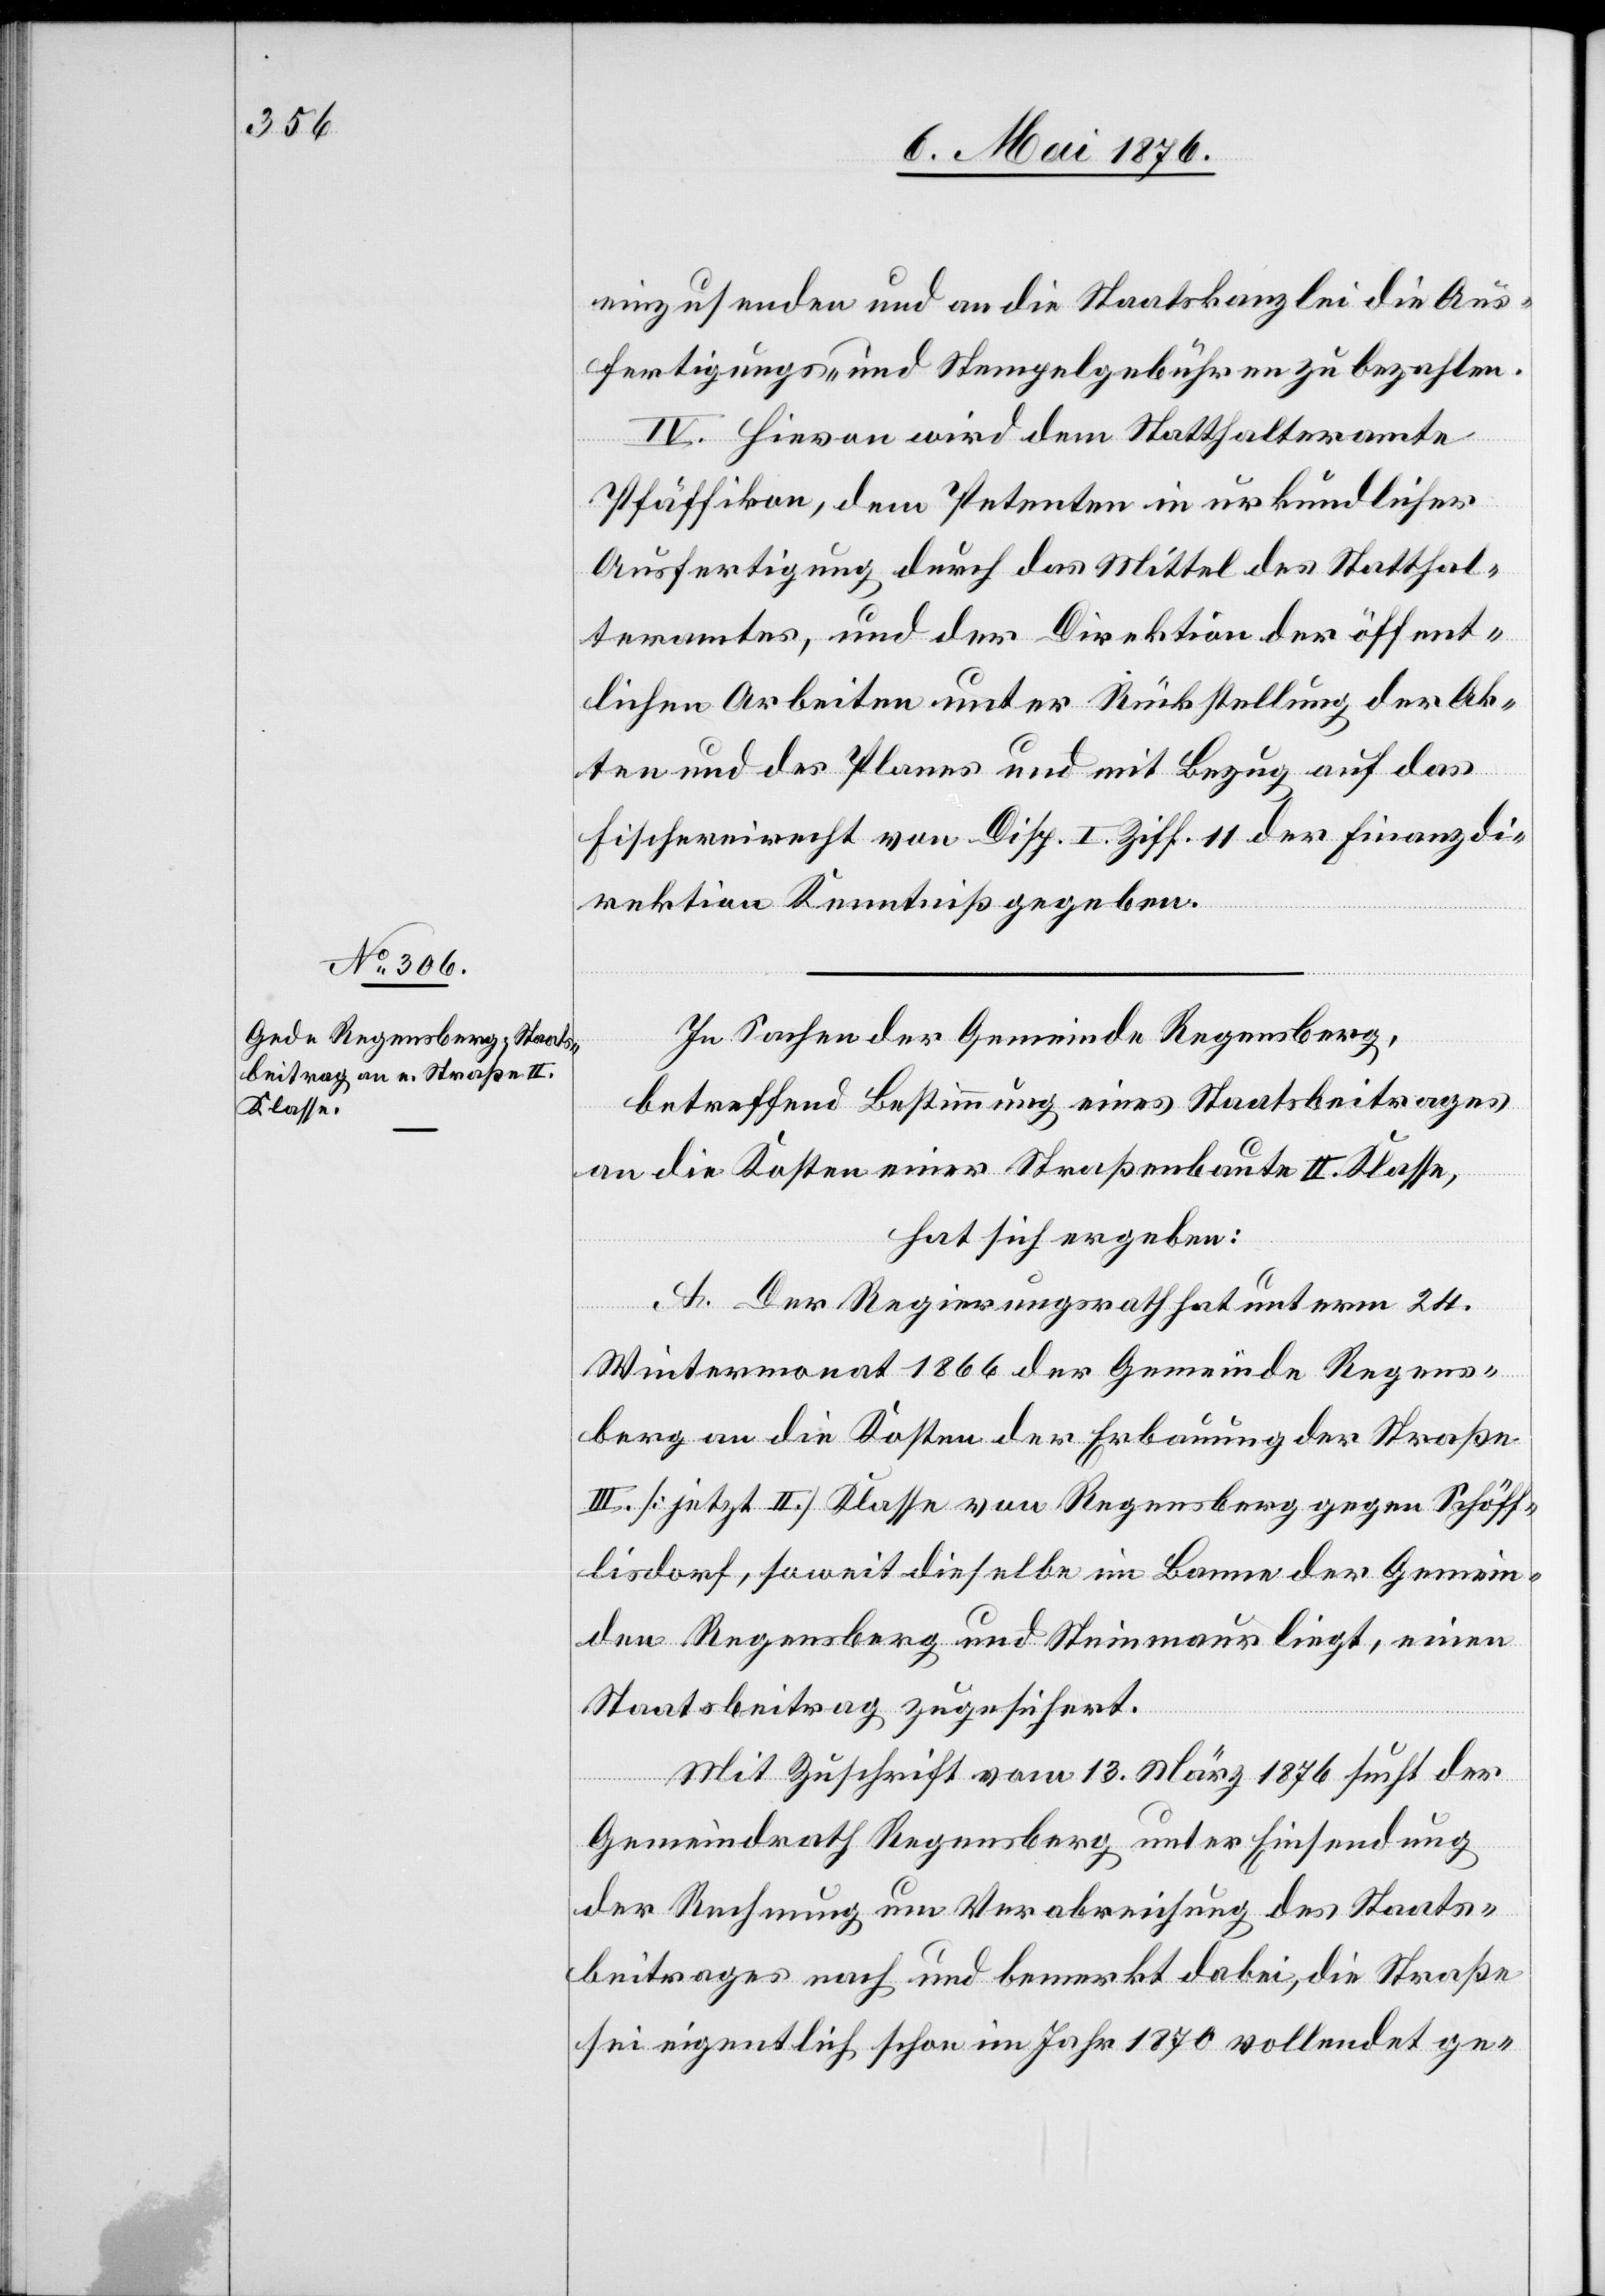
einzusenden und an die Staatskanzlei die Aus¬
fertigungs- und Stempelgebühren zu bezahlen.
IV. Hievon wird dem Statthalteramte
Pfäffikon, dem Petenten in urkundlicher
Ausfertigung durch das Mittel des Statthal¬
teramtes, und der Direktion der öffent¬
lichen Arbeiten unter Rückstellung der Ak¬
ten und des Planes und mit Bezug auf das
Fischereirecht von Disp. I. Ziff. 11 der Finanzdi¬
rektion Kenntniß gegeben.
In Sachen der Gemeinde Regensberg,
betreffend Bestimmung eines Staatsbeitrages
an die Kosten einer Straßenbaute II. Klasse,
hat sich ergeben:
A. Der Regierungsrath hat unterm 24.
Wintermonat 1866 der Gemeinde Regens¬
berg an die Kosten der Erbauung der Straße
III. [jetzt II.] Klasse von Regensberg nach Schöff¬
lisdorf, soweit dieselbe im Banne der Gemein¬
den Regensberg und Steinmaur liegt, einen
Staatsbeitrag zugesichert.
Mit Zuschrift vom 13. März 1876 sucht der
Gemeindrath Regensberg unter Einsendung
der Rechnung um Verabreichung des Staats¬
beitrages nach und bemerkt dabei, die Straße
sei eigentlich schon im Jahr 1870 vollendet ge-